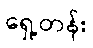
ရှေ့တန်း